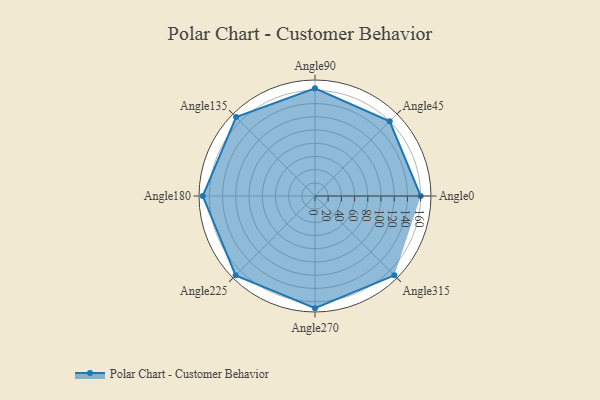
{"axis": {"x": "Angle", "y": "Radius"}, "legend": [""], "data": [{"x": "Angle0", "y": 160.0, "type": ""}, {"x": "Angle45", "y": 160.0, "type": ""}, {"x": "Angle90", "y": 163.0, "type": ""}, {"x": "Angle135", "y": 169.0, "type": ""}, {"x": "Angle180", "y": 170, "type": ""}, {"x": "Angle225", "y": 170, "type": ""}, {"x": "Angle270", "y": 170, "type": ""}, {"x": "Angle315", "y": 170.0, "type": ""}]}